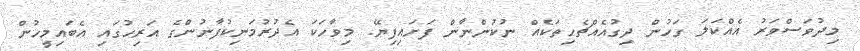
މިދުވަސްވަރު އެއްކަލަ ގަހުން ދިގުއެއްޗެހިތަކެއް ނުކުންނާން ފަށައިފިޔޭ. މިވާހަކަ އެދުރުމަނިކުފާނުންގެ އަރިހުގައި އެބައިމީހުން